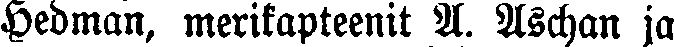
Hedman, merikapteenit A. Aschan ja